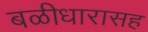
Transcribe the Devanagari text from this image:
बळीधारासह